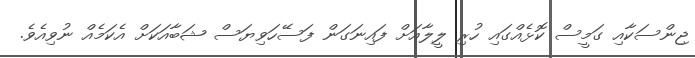
ޖިންސަކާއި ގަމީސް ކޮޅެއްގައި ހުރި ލީލާއަށް ފައިނަގަން ފަސޭހަވިޔަސް ޝަބާއަކަށް އެކަމެއް ނުވިއެވެ.